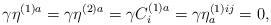
LaTeX: \begin{align*}\gamma \eta ^{(1)a}=\gamma \eta ^{(2)a}=\gamma C_{i}^{(1)a}=\gamma \eta_{a}^{(1)ij}=0, \end{align*}